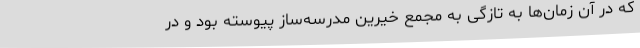
که در آن زمان‌ها به تازگی به مجمع خیرین مدرسه‌ساز پیوسته بود و در